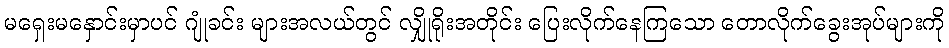
မရှေးမနှောင်းမှာပင် ဂျုံခင်း များအလယ်တွင် လျှိုရိုးအတိုင်း ပြေးလိုက်နေကြသော တောလိုက်ခွေးအုပ်များကို